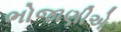
ભોજાણીએ